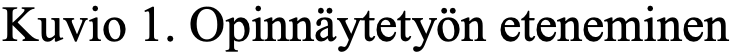
Kuvio 1. Opinnäytetyön eteneminen